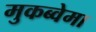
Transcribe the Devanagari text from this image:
मुकब्वेमा